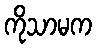
ကိုသာမက